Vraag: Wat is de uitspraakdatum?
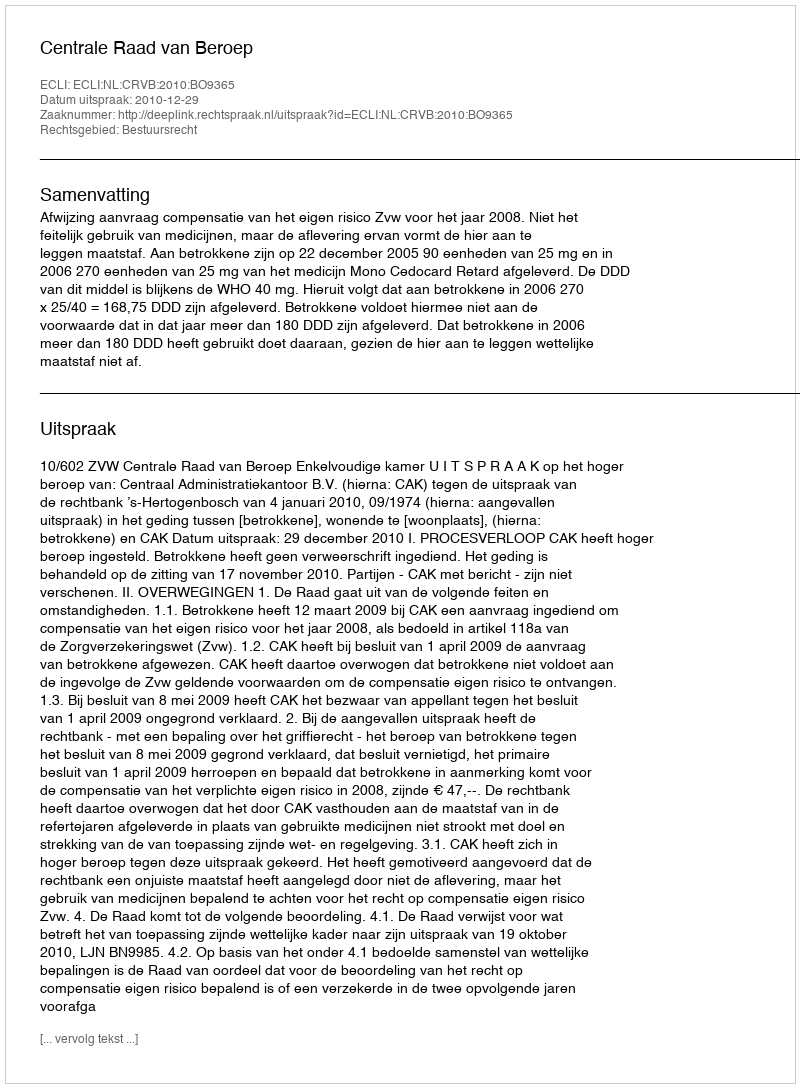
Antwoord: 2010-12-29